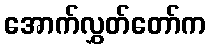
အောက်လွှတ်တော်က